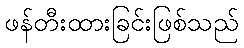
ဖန်တီးထားခြင်းဖြစ်သည်